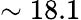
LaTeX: \sim 18.1